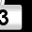
Digit: 3